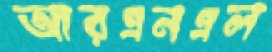
আরএনএল